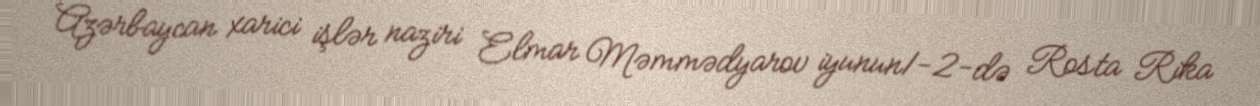
Azərbaycan xarici işlər naziri Elmar Məmmədyarov iyunun1-2-də Rosta Rika